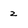
Character: 2